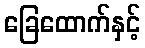
ခြေထောက်နှင့်